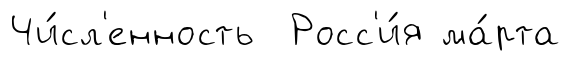
Чи́сл'енность Росс'и́я ма́рта